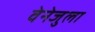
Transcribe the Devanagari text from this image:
वेनेजुला